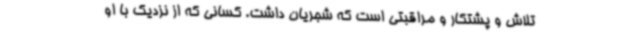
تلاش و پشتکار و مراقبتی است که شجریان داشت. کسانی که از نزدیک با او